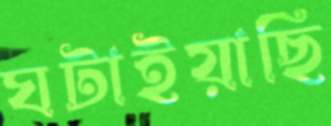
ঘটাইয়াছি